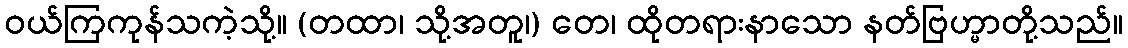
ဝယ်ကြကုန်သကဲ့သို့။ (တထာ၊ သို့အတူ၊) တေ၊ ထိုတရားနာသော နတ်ဗြဟ္မာတို့သည်။